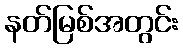
နတ်မြစ်အတွင်း